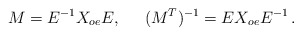
\begin{align*}M = E^{-1} X_{oe} E, \;\;\;\;\;(M^T)^{-1} = E X_{oe} E^{-1}\,.\end{align*}